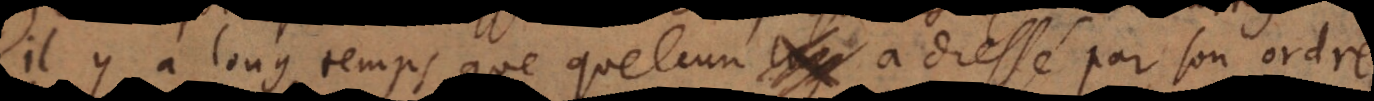
il y a long temps que quelcun a dressé par son ordre